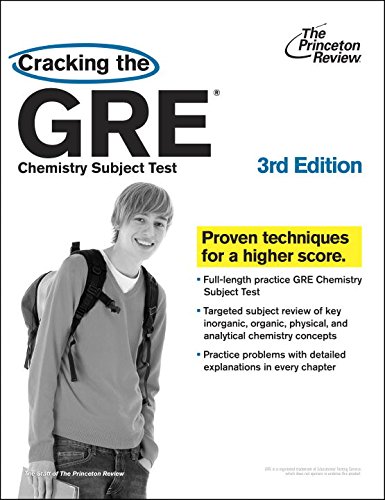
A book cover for Cracking the GRE Chemistry Test, 3rd Edition (Graduate School Test Preparation); Princeton Review; Test Preparation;